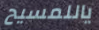
ياللمسيح